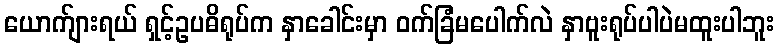
ယောက်ျားရယ် ရှင့်ဥပဓိရုပ်က နှာခေါင်းမှာ ဝက်ခြံမပေါက်လဲ နှာဗူးရုပ်ပါပဲမထူးပါဘူး